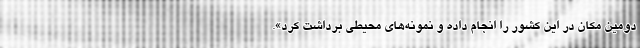
دومین مکان در این کشور را انجام داده و نمونه‌های محیطی برداشت کرد».